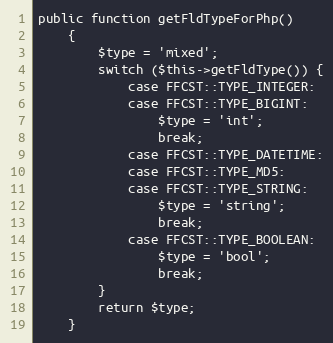
Language: PHP
public function getFldTypeForPhp()
    {
        $type = 'mixed';
        switch ($this->getFldType()) {
            case FFCST::TYPE_INTEGER:
            case FFCST::TYPE_BIGINT:
                $type = 'int';
                break;
            case FFCST::TYPE_DATETIME:
            case FFCST::TYPE_MD5:
            case FFCST::TYPE_STRING:
                $type = 'string';
                break;
            case FFCST::TYPE_BOOLEAN:
                $type = 'bool';
                break;
        }
        return $type;
    }